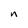
Character: n